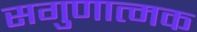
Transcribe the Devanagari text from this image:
सगुणात्मक